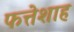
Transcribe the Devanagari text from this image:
फत्तेशाह